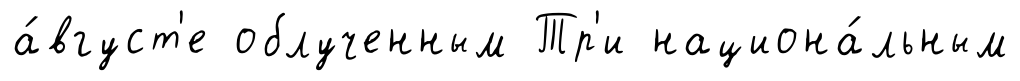
а́вгуст'е облученным Тр'и национа́льным